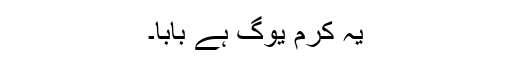
یہ کرم یوگ ہے بابا۔